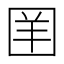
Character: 𪢪